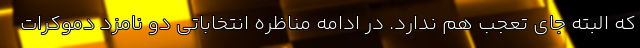
که البته جای تعجب هم ندارد. در ادامه مناظره انتخاباتی دو نامزد دموکرات